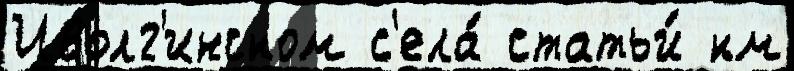
Иволг'инском с'ела́ статьи́ км